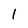
Character: I